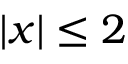
| x | \leq 2